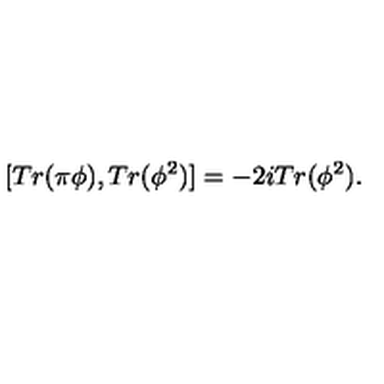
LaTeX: [ T r ( \pi \phi ) , T r ( \phi ^ { 2 } ) ] = - 2 i T r ( \phi ^ { 2 } ) .